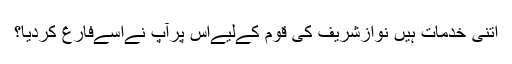
اتنی خدمات ہیں نوازشریف کی قوم کےلیےاس پرآپ نےاسےفارغ کردیا؟